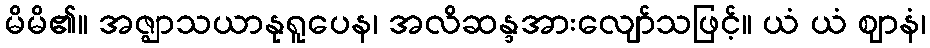
မိမိ၏။ အဇ္ဈာသယာနုရူပေန၊ အလိဆန္ဒအားလျော်သဖြင့်။ ယံ ယံ ဈာနံ၊